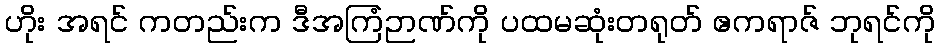
ဟိုး အရင် ကတည်းက ဒီအကြံဉာဏ်ကို ပထမဆုံးတရုတ် ဧကရာဇ် ဘုရင်ကို